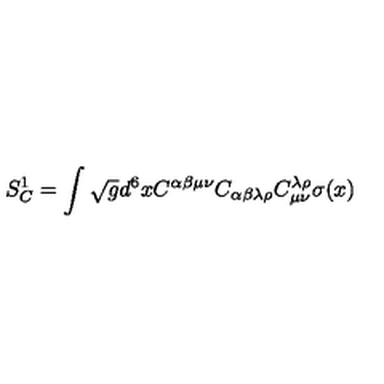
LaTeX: S _ { C } ^ { 1 } = \int \sqrt { g } d ^ { 6 } x C ^ { \alpha \beta \mu \nu } C _ { \alpha \beta \lambda \rho } C _ { \mu \nu } ^ { \lambda \rho } \sigma ( x )